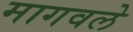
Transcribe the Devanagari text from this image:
मागवले